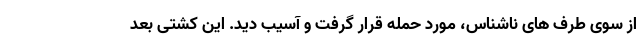
از سوی طرف های ناشناس، مورد حمله قرار گرفت و آسیب دید. این کشتی بعد